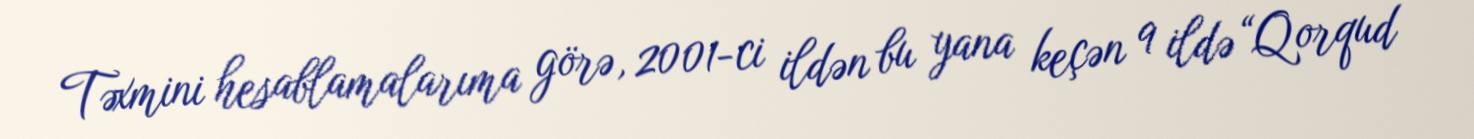
Təxmini hesablamalarıma görə, 2001-ci ildən bu yana keçən 9 ildə “Qorqud